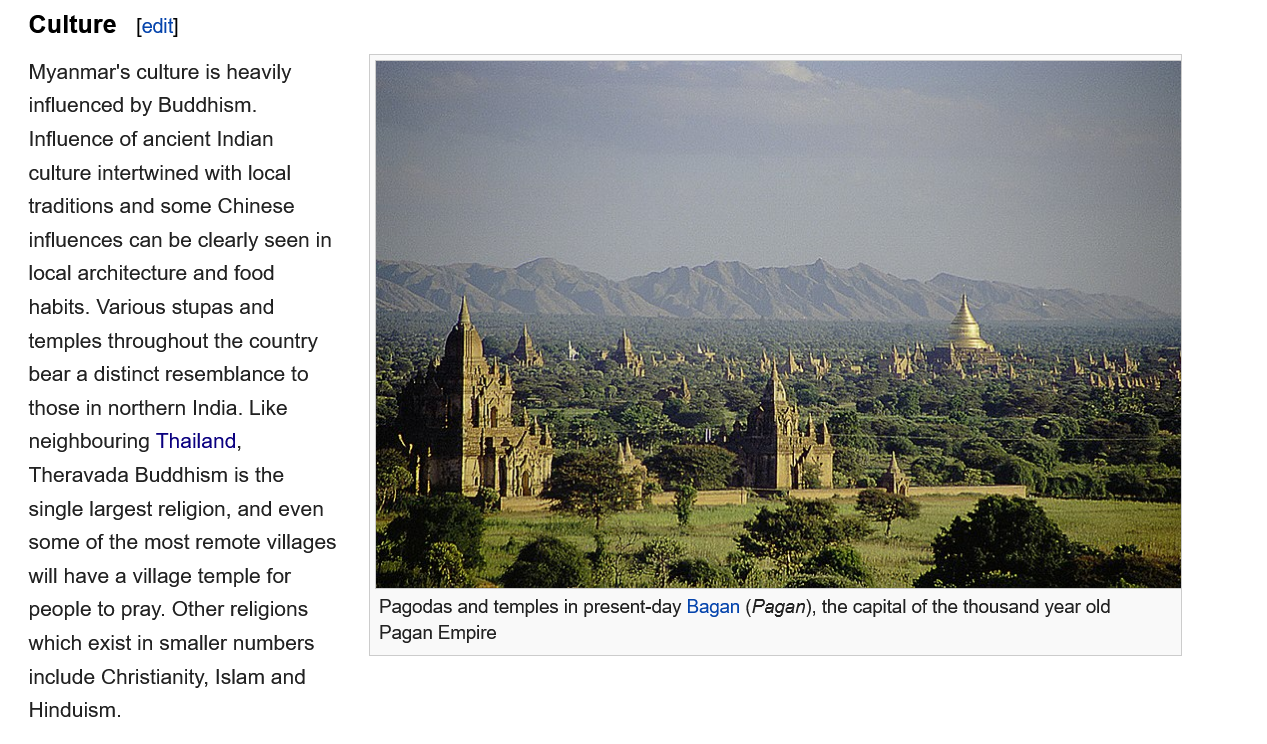
Culture
   Myanmar's  culture is heavily
   influenced by Buddhism.
   Influence of ancient Indian
   culture intertwined with local
   traditions and some Chinese
   influences can be clearly seen in
   local architecture and food
   habits. Various stupas and
   temples throughout the country
   bear a distinct resemblance to
   those in northern India. Like
   neighbouring Thailand,
   Theravada  Buddhism is the
   single largest religion, and even
   some of the most remote villages
   will have
  a
     village temple for
   people to pray. Other religions
   which exist in smaller numbers
   include Christianity, Islam and
   Hinduism.
     Pagodas and temples in present-day Bagan (Pagan), the capital of the thousand year old
     Danan Emnira